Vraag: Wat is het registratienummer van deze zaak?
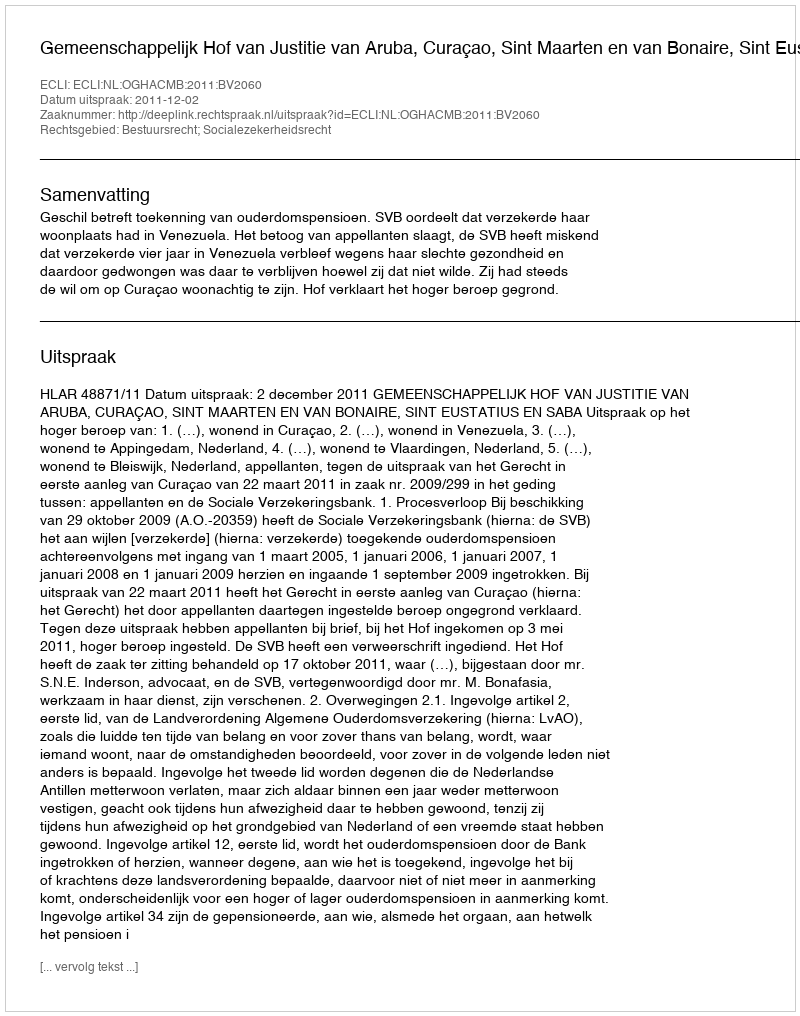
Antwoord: http://deeplink.rechtspraak.nl/uitspraak?id=ECLI:NL:OGHACMB:2011:BV2060